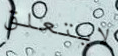
لايتعلق